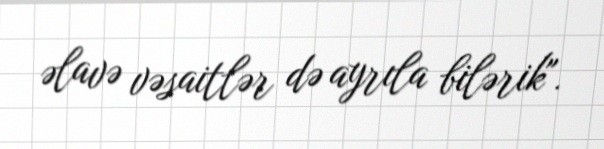
əlavə vəsaitlər də ayrıla bilərik".